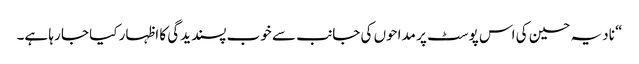
“ نادیہ حسین کی اس پوسٹ پر مداحوں کی جانب سے خوب پسندیدگی کا اظہار کیا جا رہا ہے۔